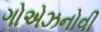
ગોએઝનોવી